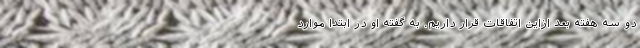
دو سه هفته بعد ازاین اتفاقات قرار داریم. به گفته او در ابتدا موارد